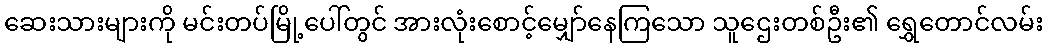
ဆေးသားများကို မင်းတပ်မြို့ပေါ်တွင် အားလုံးစောင့်မျှော်နေကြသော သူဌေးတစ်ဦး၏ ရွှေတောင်လမ်း